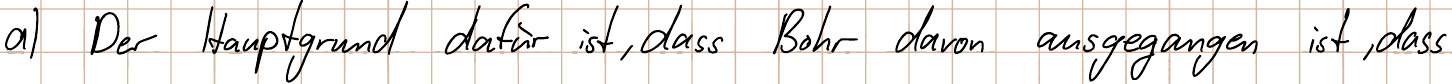
a) Der Hauptgrund dafür ist, dass Bohr davon ausgegangen ist, dass